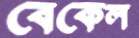
বেকেল